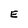
Character: E